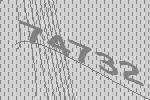
74732